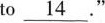
to \underline{14} ."